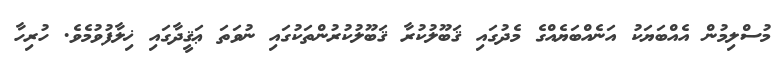
މުސްލިމުން އެއްބަޔަކު އަނެއްބަޔެއްގެ މެދުގައި ޤަބޫލުކުރާ ޤަބޫލުކުރުންތަކުގައި ނުވަތަ ޢަޤީދާގައި ޚިލާފުވުމެވެ. ހުރިހާ